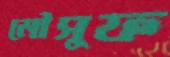
মৌসুফ